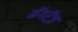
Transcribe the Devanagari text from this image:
मॅगरॅज़